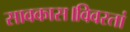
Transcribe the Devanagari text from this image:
सावकास।विवरतां